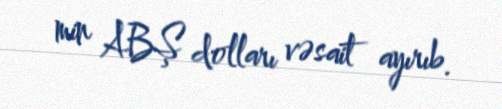
min ABŞ dolları vəsait ayırıb.